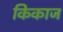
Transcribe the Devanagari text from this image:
किकाज